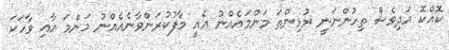
ކޮއްކޮ އަދިވެސް ތިހުންނަނީ ރުޅިންތަ މަންމައެއްނު އެއީ މާފުކުރަންވާނެއެއްނު މަންމަ އާއި ވާހަކަ